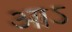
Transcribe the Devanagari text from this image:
आऽ